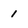
Character: 1